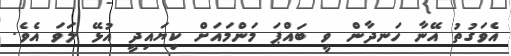
އެވަގުތު އޭނާ ހަނދާން ވީ ބައްޕަ މަންމައަށް ކިޔައިދީ އުޅޭ ލަވަ އެވެ.